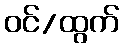
ဝင်/ထွက်